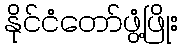
နိုင်ငံတော်ဖွံ့ဖြိုး